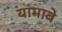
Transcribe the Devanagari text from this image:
यामाबे